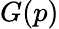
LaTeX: G(p)